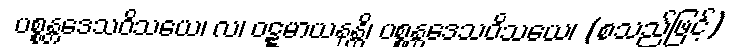
ပစ္စန္တဒေသဝိသယေ၊ လ၊ ဝဋ္ဋမာယနန္တိ၊ ပစ္စန္တဒေသဝိသယေ၊ (စသည်ဖြင့်)